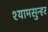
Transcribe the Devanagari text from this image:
श्यामसुन्हर